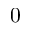
\boldsymbol 0